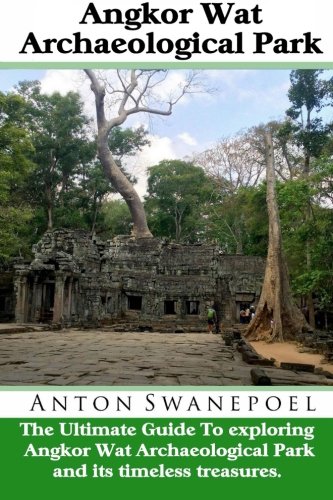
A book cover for Angkor Wat Archaeological Park: The Ultimate guide to exploring Angkor Wat Archaeological Park (Cambodia Travel Guide Books By Anton); Anton Swanepoel; Travel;